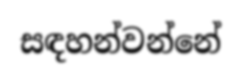
සඳහන්වන්නේ